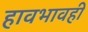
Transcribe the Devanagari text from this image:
हावभावही